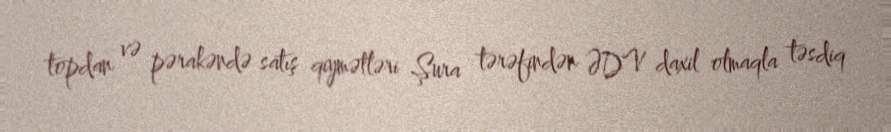
topdan və pərakəndə satış qiymətləri Şura tərəfindən ƏDV daxil olmaqla təsdiq